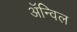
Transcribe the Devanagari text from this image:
अॅन्विल